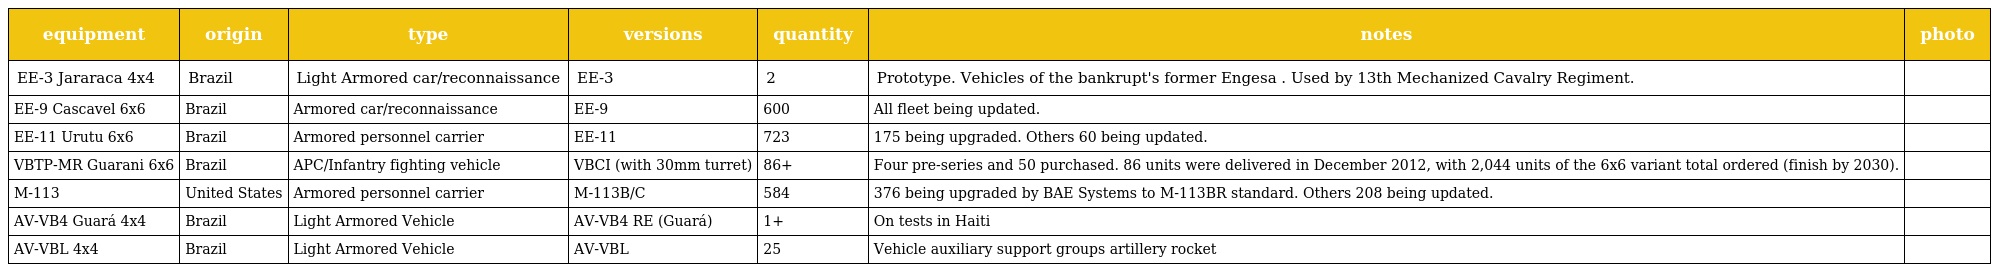
| equipment | origin | type | versions | quantity | notes | photo |
 | --- | --- | --- | --- | --- | --- | --- |
 | EE-3 Jararaca 4x4 | Brazil | Light Armored car/reconnaissance | EE-3 | 2 | Prototype. Vehicles of the bankrupt's former Engesa . Used by 13th Mechanized Cavalry Regiment. |  |
 | EE-9 Cascavel 6x6 | Brazil | Armored car/reconnaissance | EE-9 | 600 | All fleet being updated. |  |
 | EE-11 Urutu 6x6 | Brazil | Armored personnel carrier | EE-11 | 723 | 175 being upgraded. Others 60 being updated. |  |
 | VBTP-MR Guarani 6x6 | Brazil | APC/Infantry fighting vehicle | VBCI (with 30mm turret) | 86+ | Four pre-series and 50 purchased. 86 units were delivered in December 2012, with 2,044 units of the 6x6 variant total ordered (finish by 2030). |  |
 | M-113 | United States | Armored personnel carrier | M-113B/C | 584 | 376 being upgraded by BAE Systems to M-113BR standard. Others 208 being updated. |  |
 | AV-VB4 Guará 4x4 | Brazil | Light Armored Vehicle | AV-VB4 RE (Guará) | 1+ | On tests in Haiti |  |
 | AV-VBL 4x4 | Brazil | Light Armored Vehicle | AV-VBL | 25 | Vehicle auxiliary support groups artillery rocket |  |